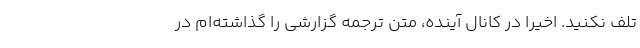
تلف نکنید. اخیراً در کانال آینده، متن ترجمه گزارشی را گذاشته‌ام در